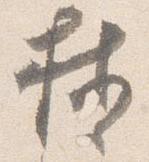
按